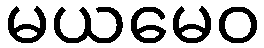
မယမေဝ